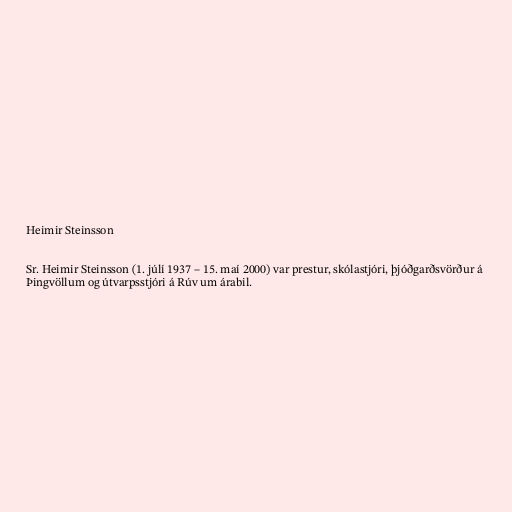
Heimir Steinsson

Sr. Heimir Steinsson (1. júlí 1937 – 15. maí 2000) var prestur, skólastjóri, þjóðgarðsvörður á
Þingvöllum og útvarpsstjóri á Rúv um árabil.